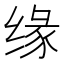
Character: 缘